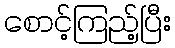
စောင့်ကြည့်ပြီး